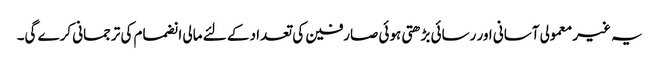
یہ غیر معمولی آسانی اور رسائی بڑھتی ہوئی صارفین کی تعداد کے لئے مالی انضمام کی ترجمانی کرے گی۔